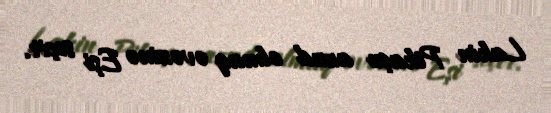
Lakin Pikaçu azad olmaq əvəzinə Eşi seçir.